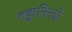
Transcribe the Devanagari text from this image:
बकुनिनचे